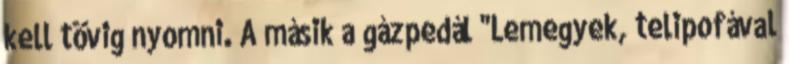
kell tövig nyomni. A másik a gázpedál "Lemegyek, telipofával